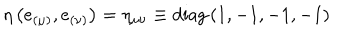
\eta \left( e _ { ( \mu ) } , e _ { ( \nu ) } \right) = \eta _ { \mu \nu } \equiv \textrm { d i a g } \left( 1 , - 1 , - 1 , - 1 \right)